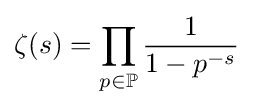
\zeta (s)=\prod _{p\in \mathbb {P} }{\frac {1}{1-p^{-s}}}